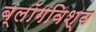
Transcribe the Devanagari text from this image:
ब्लॉगविश्व